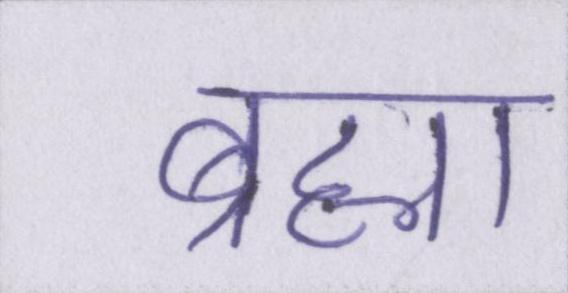
ब्रह्मा